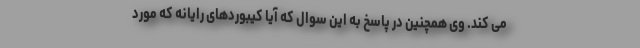
می کند. وی همچنین در پاسخ به این سوال که آیا کیبوردهای رایانه که مورد